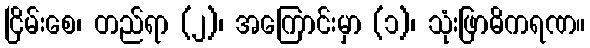
ငြိမ်းစေ၊ တည်ရာ (၂)၊ အကြောင်းမှာ (၁)၊ သုံးဖြာဓိကရဏ။